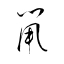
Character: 鼡